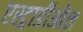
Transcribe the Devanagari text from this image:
एस्ट्राडीओल